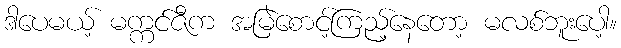
ဒါပေမယ့် မက္ကင်ဇီက အမြဲစောင့်ကြည့်နေတော့ မလစ်ဘူးပေါ့။